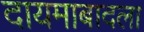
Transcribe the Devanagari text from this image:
दायमाबादला